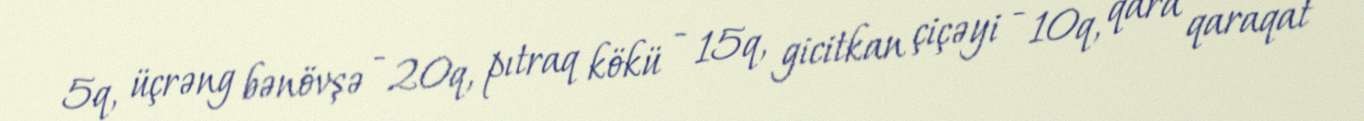
5q, üçrəng bənövşə - 20q, pıtraq kökü - 15q, gicitkan çiçəyi - 10q, qara qaraqat